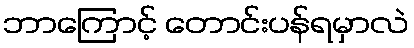
ဘာကြောင့် တောင်းပန်ရမှာလဲ